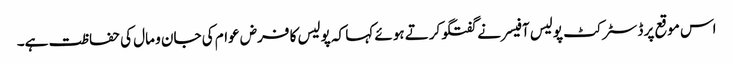
اس موقع پر ڈسٹرکٹ پولیس آفیسر نے گفتگوکرتے ہوئے کہا کہ پولیس کا فرض عوام کی جان و مال کی حفاظت ہے۔